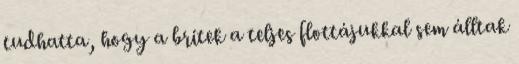
tudhatta, hogy a britek a teljes flottájukkal sem álltak